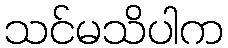
သင်မသိပါက